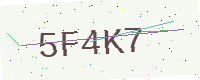
Text: 5F4K7